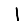
Digit: 1